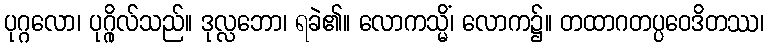
ပုဂ္ဂလော၊ ပုဂ္ဂိုလ်သည်။ ဒုလ္လဘော၊ ရခဲ၏။ လောကသ္မိံ၊ လောက၌။ တထာဂတပ္ပဝေဒိတဿ၊